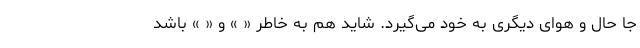
جا حال و هوای دیگری به خود می‌گیرد. شاید هم به خاطر « » و « » باشد